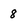
Character: 8